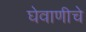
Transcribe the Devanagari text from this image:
घेवाणीचे